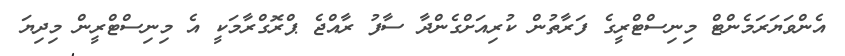
އެންވަޔަރަމެންޓް މިނިސްޓްރީގެ ފަރާތުން ކުރިއަށްގެންދާ ސާފު ރާއްޖެ ޕްރޮގްރާމަކީ އެ މިނިސްޓްރީން މިދިޔަ